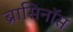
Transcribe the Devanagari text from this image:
ब्रासिनॉस